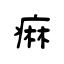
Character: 痲